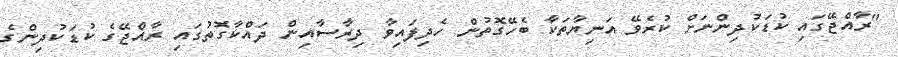
"ރާއްޖޭގައި ކުޑަކުދިންނަށް ކުރެވޭ އަނިޔާތަކާ ބެހޭގޮތުން ހެދިފައިވާ ދިރާސާއިން ދައްކާގޮތުގައި ރާއްޖޭގެ ކުޑަކުދިންގެ